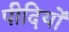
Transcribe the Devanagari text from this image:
पीदियों